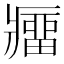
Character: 𰤁